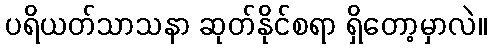
ပရိယတ်သာသနာ ဆုတ်နိုင်စရာ ရှိတော့မှာလဲ။